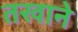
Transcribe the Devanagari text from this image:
तखाने